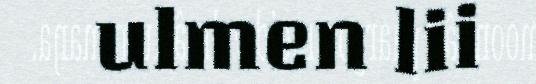
ulmen lii